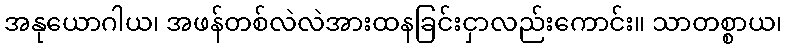
အနုယောဂါယ၊ အဖန်တစ်လဲလဲအားထနခြင်းငှာလည်းကောင်း။ သာတစ္စာယ၊